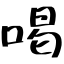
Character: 喝